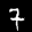
Label: 7